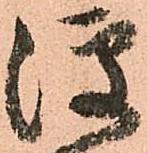
便